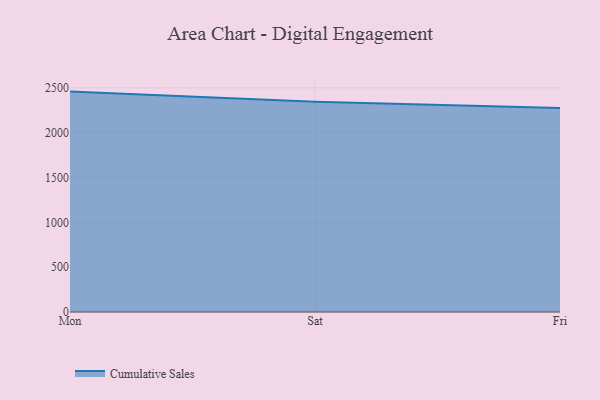
{"axis": {"x": "Day", "y": "Population (Million)"}, "legend": ["Cumulative Sales"], "data": [{"x": "Mon", "y": 2457.9, "type": "Cumulative Sales"}, {"x": "Sat", "y": 2344.0, "type": "Cumulative Sales"}, {"x": "Fri", "y": 2275.9, "type": "Cumulative Sales"}]}